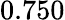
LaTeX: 0.750